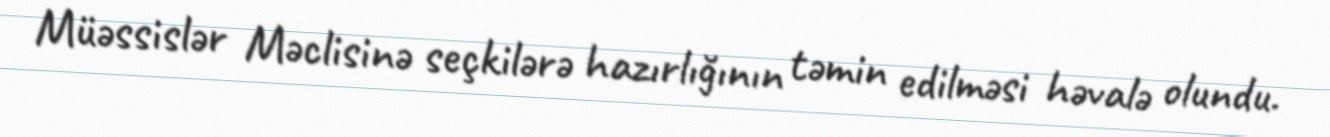
Müəssislər Məclisinə seçkilərə hazırlığının təmin edilməsi həvalə olundu.